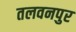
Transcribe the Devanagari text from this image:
तलवनपुर